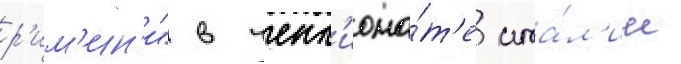
р'им'ин'и" в чемп'иона́т'е ита́л'ии